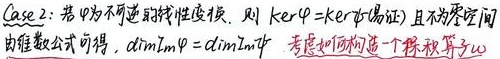
Case 2：若 \(\varphi\) 为不可逆线性变换，则 \(\ker\varphi=\ker\psi\)（易证）且不为零空间。由维数公式可得，\(\dim Im\varphi=\dim Im\psi\)。考虑如何构造一个保积算子 \(w\)。